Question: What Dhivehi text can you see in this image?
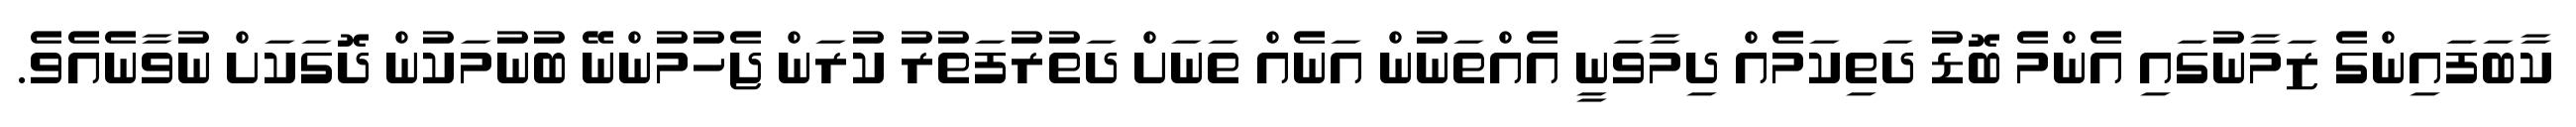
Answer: ކާބަފައިންގެ ޒަމާނުގައި އެންމެ ބޮޑު ދަތިކަމެއް ދިމާވަނީ އެއްތަނުން އަނެއް ތަނަށް ދަތުރުފަތުރު ކުރަން ޖެހުމުންނޭ ބުނުމަކުން ދޮގަކަށް ނުވާނެއެވެ.